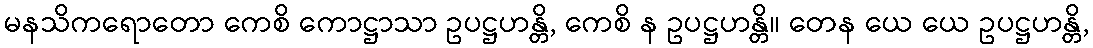
မနသိကရောတော ကေစိ ကောဋ္ဌာသာ ဥပဋ္ဌဟန္တိ, ကေစိ န ဥပဋ္ဌဟန္တိ။ တေန ယေ ယေ ဥပဋ္ဌဟန္တိ,